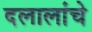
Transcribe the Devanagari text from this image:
दलालांचे